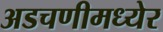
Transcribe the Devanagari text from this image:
अडचणीमध्येर